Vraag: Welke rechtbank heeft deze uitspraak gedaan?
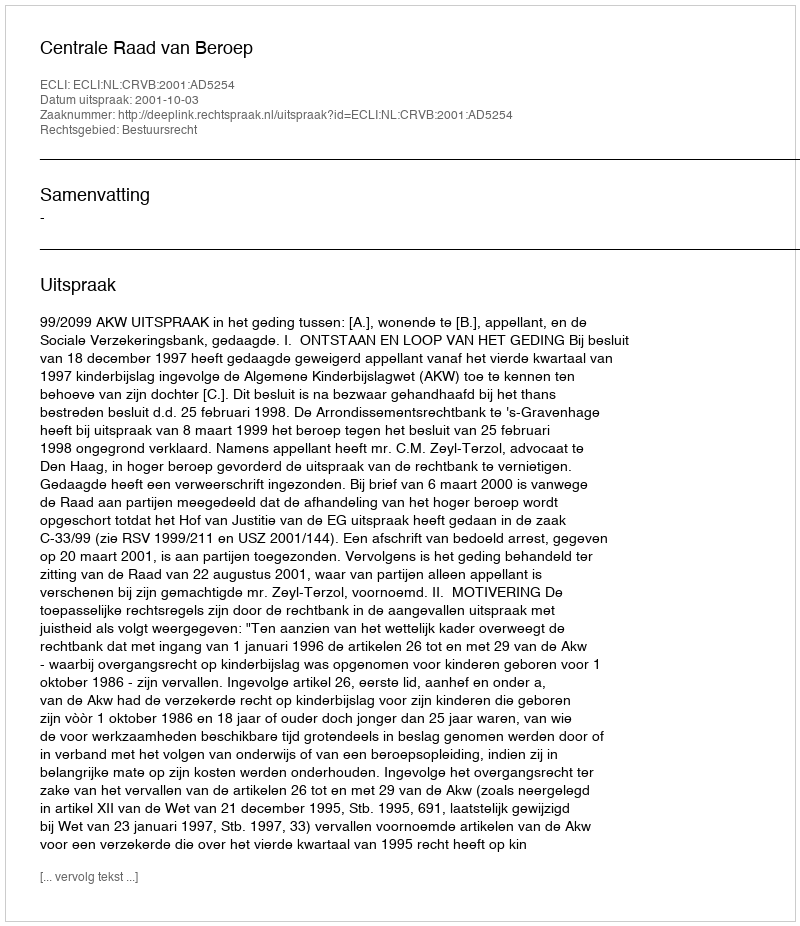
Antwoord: Centrale Raad van Beroep